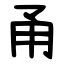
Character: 甬